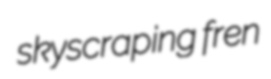
skyscraping fren